Vaccination in Bombay 1889-1901 - 1889-1901
Year: 1889
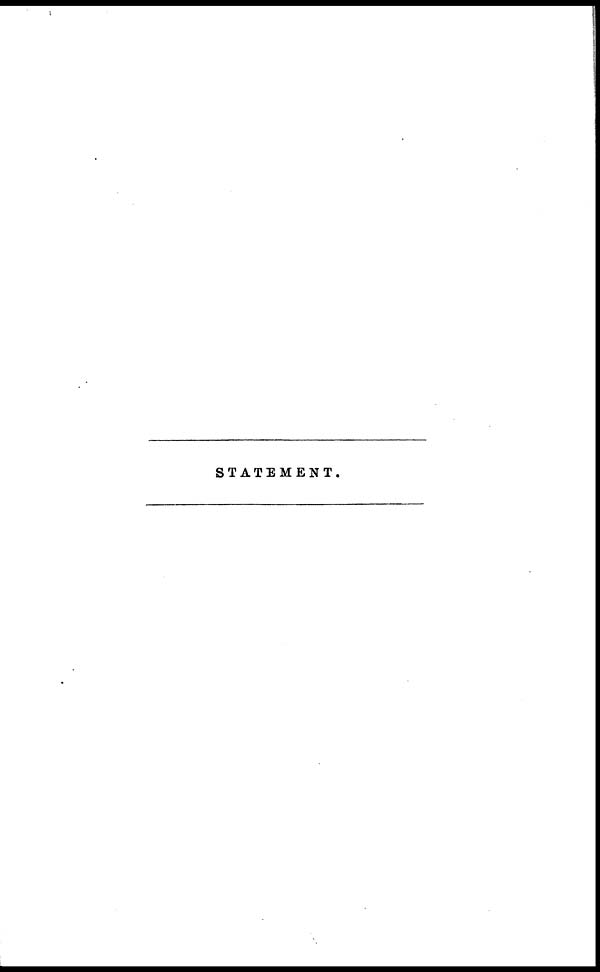
STATEMENT.